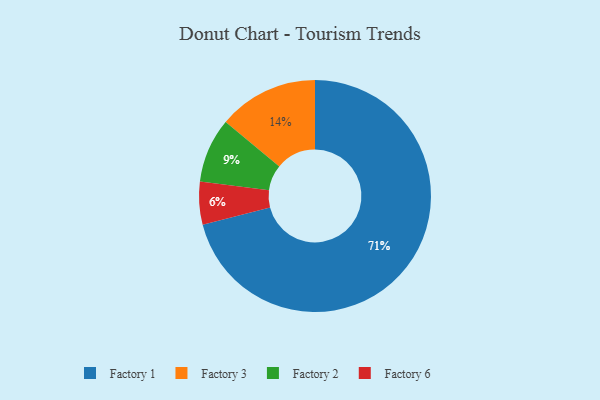
{"axis": {"x": "Category", "y": "Percentage"}, "legend": ["Factory 1", "Factory 2", "Factory 3", "Factory 6"], "data": [{"x": "Factory 2", "y": 9, "type": "Factory 2"}, {"x": "Factory 3", "y": 14, "type": "Factory 3"}, {"x": "Factory 1", "y": 71, "type": "Factory 1"}, {"x": "Factory 6", "y": 6, "type": "Factory 6"}]}